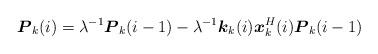
LaTeX: \begin{align*}\boldsymbol P_k(i)=\lambda^{-1}\boldsymbol P_k(i-1)-\lambda^{-1}\boldsymbol k_k(i)\boldsymbol x_k^H(i)\boldsymbol P_k(i-1)\end{align*}